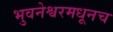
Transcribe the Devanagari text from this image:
भुवनेश्वरमधूनच